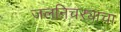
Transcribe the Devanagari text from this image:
जलनिचऱ्याचा